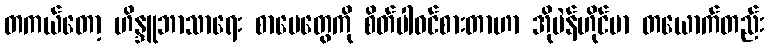
တကယ်တော့ ဟိန္ဒူဘာသာရေး စာပေတွေကို စိတ်ပါဝင်စားတာဟာ အိုပဲန်ဟိုင်မာ တယောက်တည်း